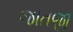
જાતજી